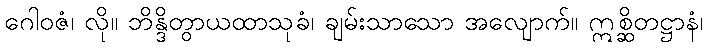
ဂေါဝဇံ၊ လို။ ဘိန္ဒိတွာယထာသုခံ၊ ချမ်းသာသော အလျောက်။ ဣစ္ဆိတဋ္ဌာနံ၊